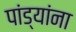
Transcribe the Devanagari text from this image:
पांड्यांना